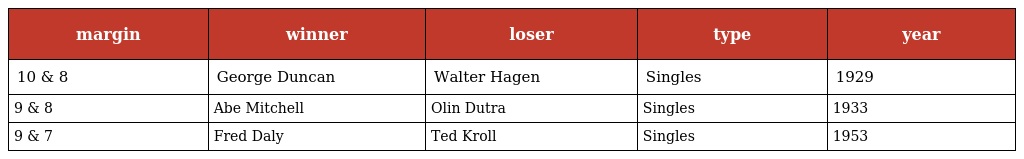
| margin | winner | loser | type | year |
 | --- | --- | --- | --- | --- |
 | 10 & 8 | George Duncan | Walter Hagen | Singles | 1929 |
 | 9 & 8 | Abe Mitchell | Olin Dutra | Singles | 1933 |
 | 9 & 7 | Fred Daly | Ted Kroll | Singles | 1953 |